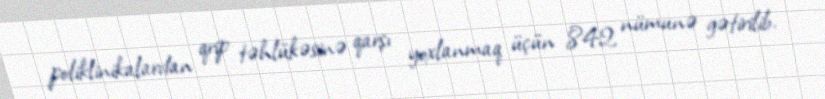
poliklinikalardan qrip təhlükəsinə qarşı yoxlanmaq üçün 842 nümunə gətirilib.